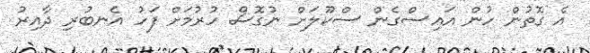
އެ ގޮތުން ހުން އައިސްގެން ސްކޫލަށް ނުގޮސް ހުރުމަށް ފަހު އެނބުރި ދާއިރު